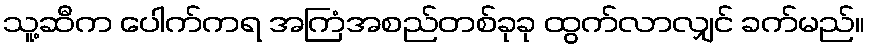
သူ့ဆီက ပေါက်ကရ အကြံအစည်တစ်ခုခု ထွက်လာလျှင် ခက်မည်။